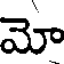
మో